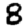
Digit: 8